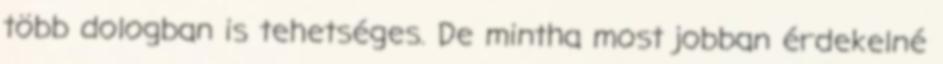
több dologban is tehetséges. De mintha most jobban érdekelné